Indian journal of veterinary science and animal husbandry - Volume 7,
Year: 1937
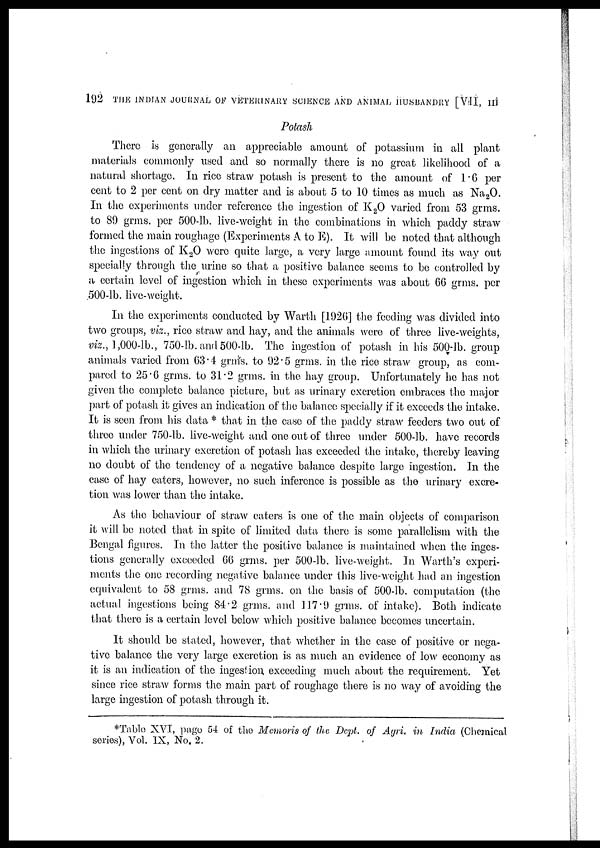
192 THE INDIAN JOURNAL OF VETERINARY SCIENCE AND ANIMAL HUSBANDRY [VII, III
Potash
There is generally an appreciable amount of potassium in all plant
materials commonly used and so normally there is no great likelihood of a
natural shortage. In rice straw potash is present to the amount of 1.6 per
cent to 2 per cent on dry matter and is about 5 to 10 times as much as Na 2 O.
In the experiments under reference the ingestion of K 2 O varied from 53 grms.
to 89 grms. per 500-lb. live-weight in the combinations in which paddy straw
formed the main roughage (Experiments A to E). It will be noted that although
the ingestions of K 2 O were quite large, a very large amount found its way out
specially through the urine so that a positive balance seems to be controlled by
a certain level of ingestion which in these experiments was about 66 grms. per
500-lb. live-weight.
In the experiments conducted by Warth [1926] the feeding was divided into
two groups, viz., rice straw and hay, and the animals were of three live-weights,
viz., 1,000-lb., 750-lb. and 500-lb. The ingestion of potash in his 500-lb. group
animals varied from 63 .4 grms. to 92.5 grms. in the rice straw group, as com-
pared to 25.6 grms. to 31.2 grms. in the hay group. Unfortunately he has not
given the complete balance picture, but as urinary excretion embraces the major
part of potash it gives an indication of the balance specially if it exceeds the intake.
It is seen from his data * that in the case of the paddy straw feeders two out of
three under 750-lb. live-weight and one out of three under 500-lb. have records
in which the urinary excretion of potash has exceeded the intake, .thereby leaving
no doubt of the tendency of a negative balance despite large ingestion. In the
case of hay eaters, however, no such inference is possible as the urinary excre-
tion was lower than the intake.
As the behaviour of straw eaters is one of the main objects of comparison
it will be noted that in spite of limited data there is some parallelism with the
Bengal figures. In the latter the positive balance is maintained when the inges-
tions generally exceeded 66 grms. per 500-lb. live-weight. In Warth's experi-
ments the one recording negative balance under this live-weight had an ingestion
equivalent to 58 grms. and 78 grms. on the basis of 500-lb. computation (the
actual ingestions being 84.2 grms. and 117.9 grms. of intake). Both indicate
that there is a certain level below which positive balance becomes uncertain.
It should be stated, however, that whether in the case of positive or nega-
tive balance the very large excretion is as much an evidence of low economy as
it is an indication of the ingestion, exceeding much about the requirement. Yet
since rice straw forms the main part of roughage there is no way of avoiding the
large ingestion of potash through it.
*Table XVI, page 54 of the Memoris of the Dept. of Agri. in India (Chemical
series), Vol. IX, No. 2.